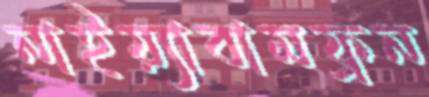
নাইয়্যাবামফ্রন